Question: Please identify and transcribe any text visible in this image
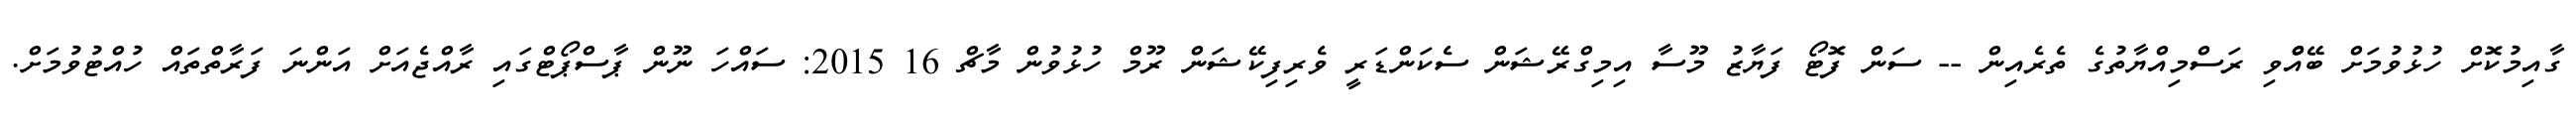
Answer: ގާއިމުކޮށް ހުޅުވުމަށް ބޭއްްވި ރަސްމިއްޔާތުގެ ތެރެއިން -- ސަން ފޮޓޯ ފަޔާޒު މޫސާ އިމިގްރޭޝަން ސެކަންޑަރީ ވެރިފިކޭޝަން ރޫމް ހުޅުވުން މާޗް 16 2015: ސައްހަ ނޫން ޕާސްޕޯޓްގައި ރާއްޖެއަށް އަންނަ ފަރާތްތައް ހުއްޓުވުމަށް.